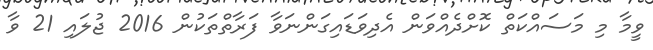
ވީމާ މި މަސައްކަތް ކޮށްދެއްވަން އެދިވަޑައިގަންނަވާ ފަރާތްތަކުން 2016 ޖުލައި 21 ވާ